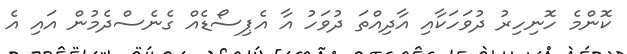
ކޮންމެ ހޮނިހިރު ދުވަހަކާއި އާދިއްތަ ދުވަހު އާ އެޕިސޯޑެއް ގެނެސްދެމުން އައި އެ